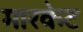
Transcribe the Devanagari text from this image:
मारकेट